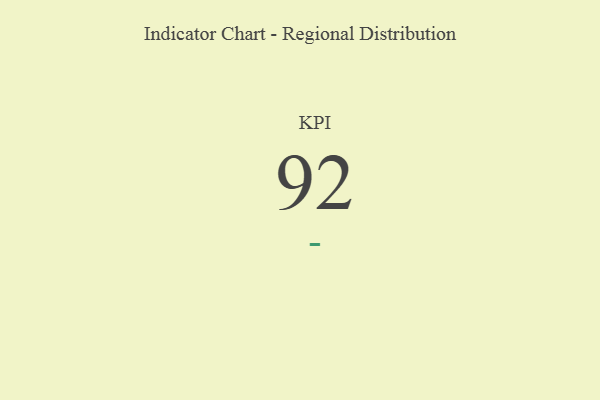
{"axis": {"x": "KPI", "y": "Value"}, "legend": [""], "data": [{"x": "KPI", "y": 92, "type": ""}]}